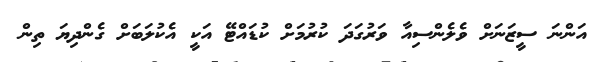
އަންނަ ސީޒަނަށް ވެލެންސިއާ ވަރުގަދަ ކުރުމަށް ކުޑައްޓޭ އަކީ އެކުލަބަށް ގެންދިޔަ ތިން